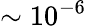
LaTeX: \sim 10^{-6}